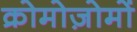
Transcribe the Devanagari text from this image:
क्रोमोज़ोमों